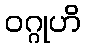
ဝဂ္ဂုဟိ